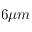
6 \mu m